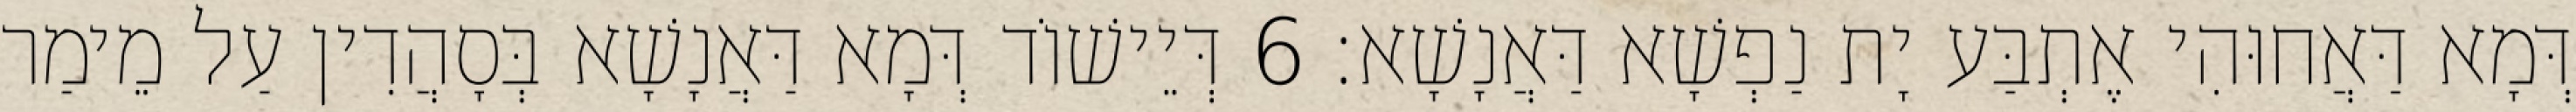
דְּמָא דַּאֲחוּהִי אֶתְבַּע יָת נַפְשָׁא דַּאֲנָשָׁא׃ 6 דְּיֵישׁוֹד דְּמָא דַּאֲנָשָׁא בְּסָהֲדִין עַל מֵימַר